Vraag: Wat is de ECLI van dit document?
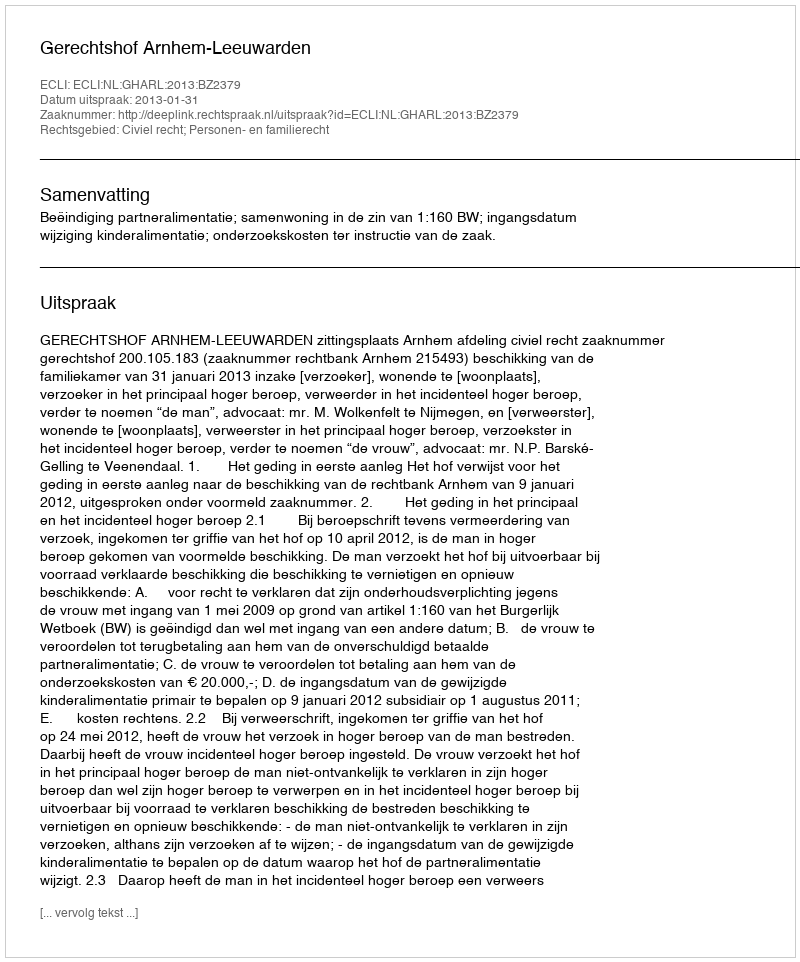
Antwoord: ECLI:NL:GHARL:2013:BZ2379